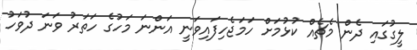
ލީގުގައި ދެން މެޗެއް ކުޅުމަށް ހަމަޖެހިފައިވަނީ އަންނަ މަހުގެ ހަތަރު ވަނަ ދުވަހު